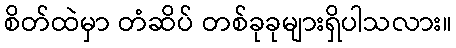
စိတ်ထဲမှာ တံဆိပ် တစ်ခုခုများရှိပါသလား။